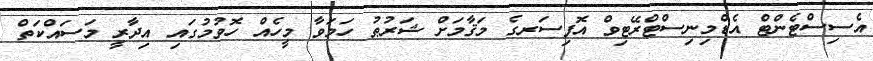
އެސިސްޓެންޓް އެޑްމިނިސްޓްރޭޓިވް އޮފިސަރގެ މަޤާމަށް ޝަރުޠު ހަމަވާ މީހެއް ހޮވުމުގައި އިދާރީ މަސައްކަތް